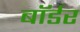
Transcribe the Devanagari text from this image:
बाॅर्डर